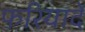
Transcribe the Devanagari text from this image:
फरियादें